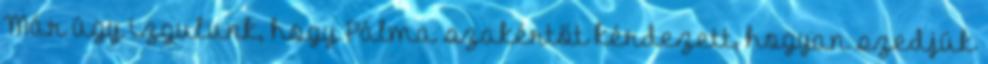
Már úgy izgulunk, hogy Pálma szakértőt kérdezett, hogyan szedjük